Annual report of the Punjab Veterinary College and of the Civil Veterinary Department, Punjab - 1894-1908
Year: 1894
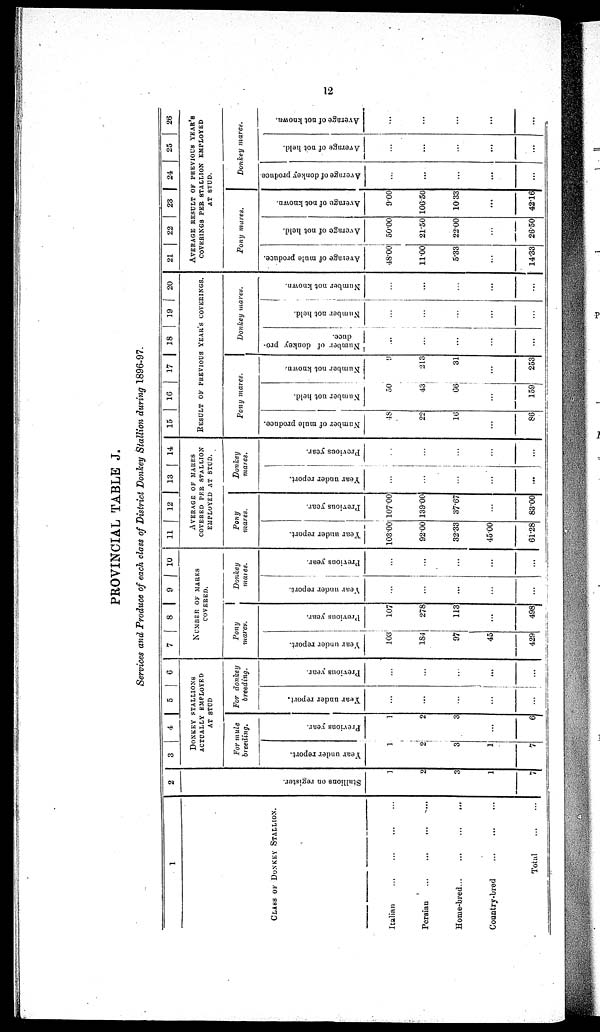
12
PROVINCIAL TABLE J.
Services and Produce of each class of District Donkey Stallion during 1896-97.
1
CLASS OF DONKEY STALLION.
Italian ... ... ... ...
Persian ... ... ... ...
Home-bred
...
...
...
...
Country-bred
...
...
...
Total ... ...
2
St al l
i
ons on register.
1
2
3
1
7
3
4
5
6
DONKEY STALLIONS
ACTUALLY EMPLOYED
AT STUD
For mule
breeding.
Year under report.
1
2
3
1
7
Previous year.
1
2
3
...
6
For donkey
breeding.
Year under report.
...
...
...
...
...
Previous year.
...
...
...
...
...
7
8 9 10
NUMBER OF MARES
COVERED.
Pony
mares.
Year under report.
103
184
97
45
429
Previous year.
107
278
113
...
498
Donkey
mares.
Year under report.
...
...
...
...
Previous year.
...
...
...
...
...
11
12
13
14
AVERAGE OF MARES
COVERED PER STALLION
EMPLOYED AT STUD.
Pony
mares.
Year under report.
103.00
92.00
32.33
45.00
61.28
Previous year.
107.00
139.00
37.67
...
83.00
Donkey
mares.
Year under report.
...
...
...
...
...
Previous year.
...
...
...
...
...
15
16
17 18 19
20
RESULT OF PREVIOUS YEAR'S COVERING.
Pony mares.
Number of mule produce.
48
22
16
...
86
Number not held.
50
43
66
...
159
Number not known.
9
213
31
...
253
Donkey mares.
Number of donkey pro-
duce.
...
...
...
...
...
Number not held.
...
...
...
...
...
Number not known.
...
...
...
...
...
21
22
23 24
25
26
AVERAGE RESULT OF PREVIOUS YEAR'S
COVERING PER STALLION EMPLOYED
AT STUD.
Pony mares.
Average of mule produce.
48.00
11.00
5.33
...
14.33
Average of not held.
50.00
21.50
22.00
...
26.50
Average of not known.
9.00
106.50
10.33
...
42.16
Donkey mares.
Average of donkey produce
...
...
...
...
...
Average of not held.
...
...
...
...
...
Average of not known.
...
...
...
...
...